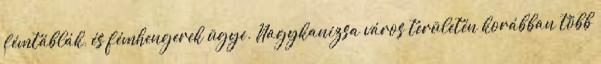
fémtáblák, és fémhengerek ügye. Nagykanizsa város területén korábban több